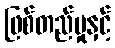
ဖြစ်တည်မှုနှင့်